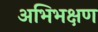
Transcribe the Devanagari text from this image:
अभिभक्षण